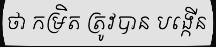
ថា កម្រិត ត្រូវបាន បង្កើន